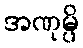
အဏုမ္ပိ